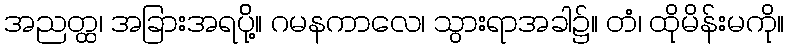
အညတ္ထ၊ အခြားအရပ်ို့။ ဂမနကာလေ၊ သွားရာအခါ၌။ တံ၊ ထိုမိန်းမကို။